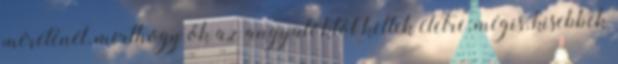
méreténél, merthogy ők az angyaloktól keltek életre; mégis, kisebbek